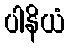
ပါနိယံ